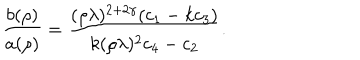
\left. \frac { b ( \rho ) } { a ( \rho ) } = \frac { ( \rho \lambda ) ^ { 2 + 2 \gamma } ( c _ { 1 } - k c _ { 3 } ) } { k ( \rho \lambda ) ^ { 2 } c _ { 4 } - c _ { 2 } } \right. .